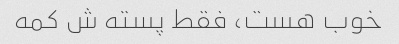
خوب هست، فقط پسته ش کمه